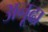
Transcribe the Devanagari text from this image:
अनूढा